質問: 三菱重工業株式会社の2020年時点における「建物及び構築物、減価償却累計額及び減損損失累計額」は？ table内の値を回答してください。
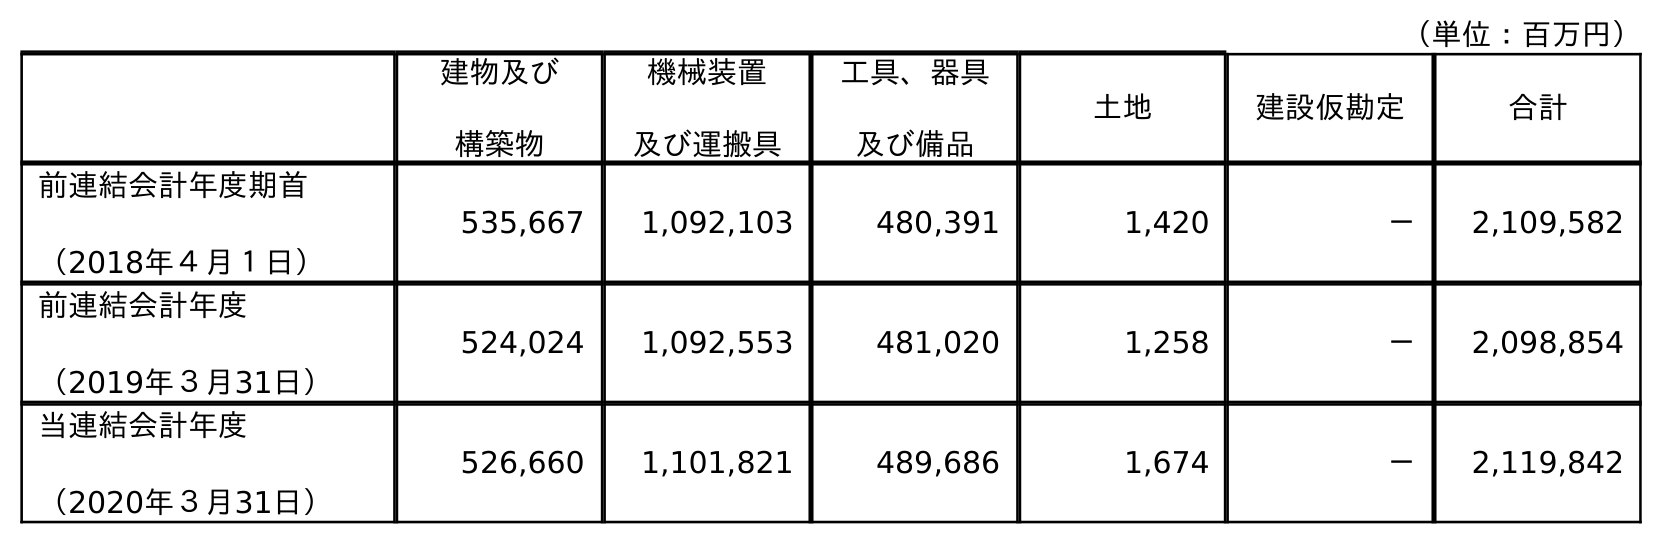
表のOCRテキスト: （単位：百万円） 建物及び 構築物 機械装置 及び運搬具 工具、器具 及び備品 土地 建設仮勘定 合計 前連結会計年度期首 （2018年４月１日） 535,667 1,092,103 480,391 1,420 － 2,109,582 前連結会計年度 （2019年３月31日） 524,024 1,092,553 481,020 1,258 － 2,098,854 当連結会計年度 （2020年３月31日） 526,660 1,101,821 489,686 1,674 － 2,119,842
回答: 526,660